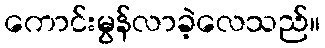
ကောင်းမွန်လာခဲ့လေသည်။